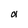
Character: a